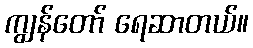
ကျွန်တော် ရေဆာတယ်။